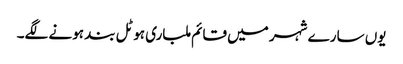
یوں سارے شہر میں قائم ملباری ہوٹل بند ہونے لگے۔